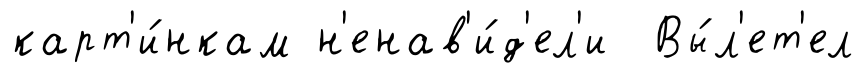
карт'и́нкам н'енав'и́д'ел'и Вы́л'ет'ел